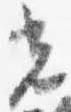
光